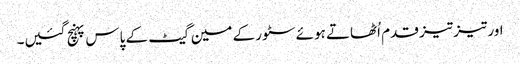
اور تیز تیز قدم اُٹھاتے ہوئے سٹور کے مین گیٹ کے پاس پہنچ گئیں۔